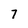
Character: 7